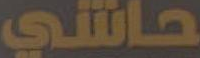
حاشي